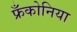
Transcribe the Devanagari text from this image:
फ्रँकोनिया